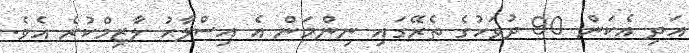
އަދި އެކަން 90 ދުވަހުގެ ތެރޭގައި ނިންމަން އެ އިސްލާހު ލާޒިމްކުރެ އެވެ.